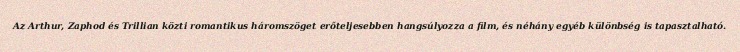
Az Arthur, Zaphod és Trillian közti romantikus háromszöget erőteljesebben hangsúlyozza a film, és néhány egyéb különbség is tapasztalható.